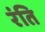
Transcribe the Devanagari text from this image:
रंति